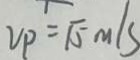
V _ { P } = \sqrt { 5 } m / s